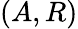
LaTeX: (A,R)